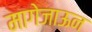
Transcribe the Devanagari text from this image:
मागेजाऊन